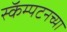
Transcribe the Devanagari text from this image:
स्कॅम्पटनच्या